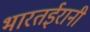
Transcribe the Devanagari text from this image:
भारतईरानी